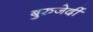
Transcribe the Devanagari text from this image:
बुरुजेर्दी